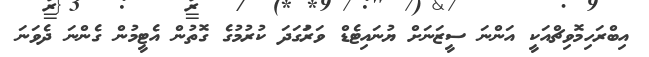
އިބްރަހިމޮވިޗްއަކީ އަންނަ ސީޒަނަށް ޔުނައިޓެޑް ވަރަުގަދަ ކުރުމުގެ ގޮތުން އެޓީމުން ގެންނަ ދެވަނަ